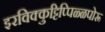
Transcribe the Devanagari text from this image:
इरविक्कुट्टिप्पिळ्ळपोरू